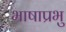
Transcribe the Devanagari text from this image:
भाषाप्रभु